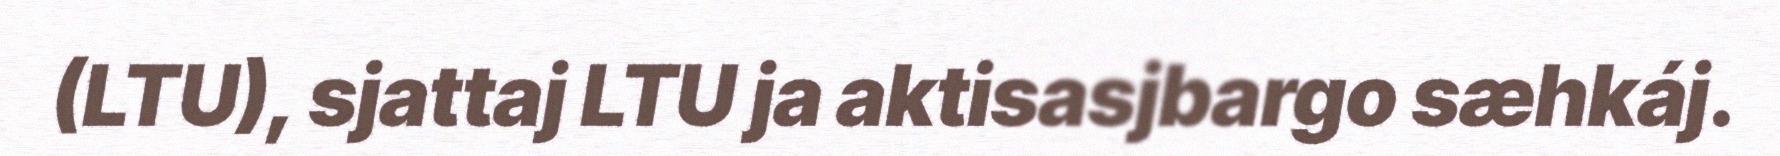
(LTU), sjattaj LTU ja aktisasjbargo sæhkáj.